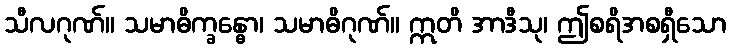
သီလဂုဏ်။ သမာဓိက္ခန္ဓော၊ သမာဓိဂုဏ်။ ဣတိ အာဒီသု၊ ဤစရိအစရှီသော